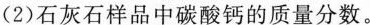
(2)石灰石样品中碳酸钙的质量分数。